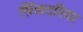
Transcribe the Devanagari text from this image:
सिंकदरिया